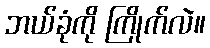
ဘယ်ခုံကို ကြိုက်လဲ။